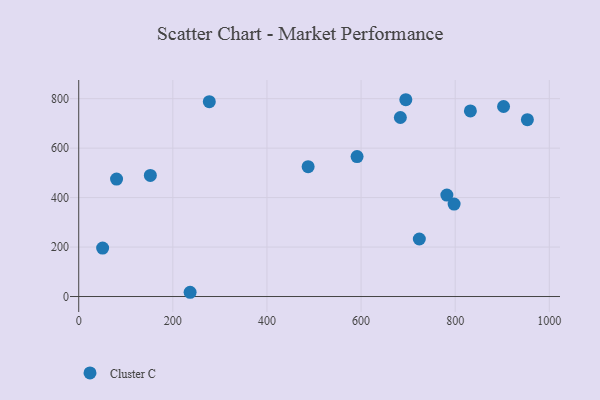
{"axis": {"x": "Experience", "y": "Profit"}, "legend": ["Cluster C"], "data": [{"x": "683.5", "y": 723.8, "type": "Cluster C"}, {"x": "902.8", "y": 768.3, "type": "Cluster C"}, {"x": "695.1", "y": 795.7, "type": "Cluster C"}, {"x": "152.2", "y": 489.6, "type": "Cluster C"}, {"x": "277.5", "y": 787.8, "type": "Cluster C"}, {"x": "953.4", "y": 715.1, "type": "Cluster C"}, {"x": "782.3", "y": 410.2, "type": "Cluster C"}, {"x": "236.7", "y": 17.2, "type": "Cluster C"}, {"x": "80.4", "y": 475.0, "type": "Cluster C"}, {"x": "723.8", "y": 232.6, "type": "Cluster C"}, {"x": "591.5", "y": 565.8, "type": "Cluster C"}, {"x": "797.7", "y": 373.7, "type": "Cluster C"}, {"x": "487.5", "y": 525.1, "type": "Cluster C"}, {"x": "50.8", "y": 196.0, "type": "Cluster C"}, {"x": "832.3", "y": 750.6, "type": "Cluster C"}]}